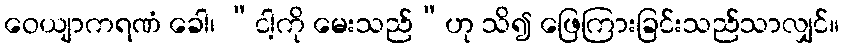
ဝေယျာကရဏံ ခေါ၊ “ငါ့ကို မေးသည်”ဟု သိ၍ ဖြေကြားခြင်းသည်သာလျှင်။